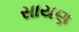
સાયણ